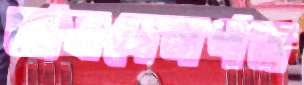
আবদেনপত্র